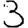
Digit: 3